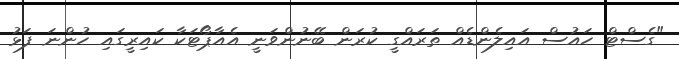
"ގެސްޓް ހައުސް އައިލެންޑެއް ތަރައްގީ ކުރަން ބޭނުންވަނީ އެއާޕޯޓަކާ ކައިރީގައި ހުންނަ ފަޅު